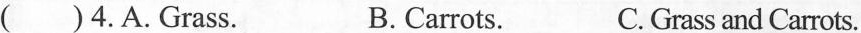
( )4.A.Grass. B.Carrots. C. Grass and Carrots.